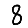
Digit: 8